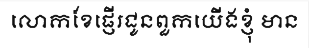
លោកខែផ្ញើរជូនពួកយើងខ្ញុំ មាន